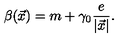
\beta ( \vec { x } ) = m + \gamma _ { 0 } \frac { e } { | \vec { x } | } .